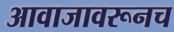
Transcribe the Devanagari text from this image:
आवाजावरूनच